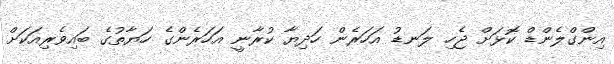
އިންގްލެންޑް ކޮޅަށް ޖެހި ލަނޑު އަހަރެން ހަދިޔާ ކުރާނީ އަހަރެންގެ ހަޔާތުގެ ބައިވެރިއަކަށް